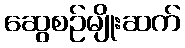
ဆွေစဉ်မျိုးဆက်